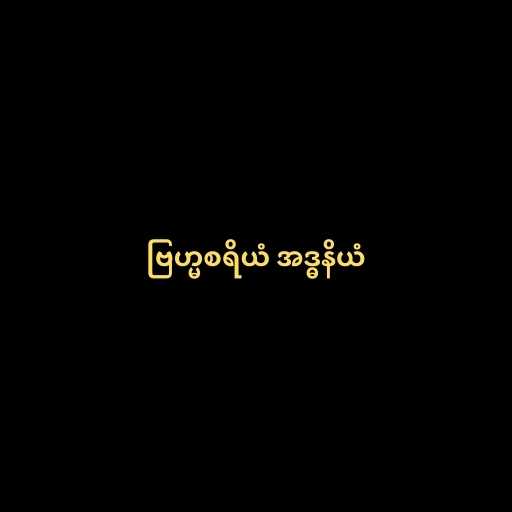
ဗြဟ္မစရိယံ အဒ္ဓနိယံ